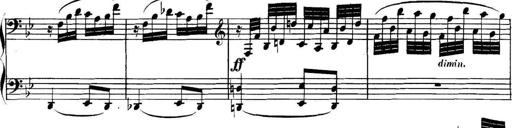
Title: Collected Piano Sonatas
Composer: Muzio Clementi